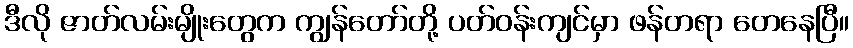
ဒီလို ဇာတ်လမ်းမျိုးတွေက ကျွန်တော်တို့ ပတ်ဝန်းကျင်မှာ ဖန်တရာ တေနေပြီ။